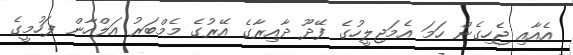
އެއާއި ޖެހިގެން ހަމަ އެމަޖިލީހުގެ ފޭދޫ ދާއިރާގެ އޭރުގެ މެމްބަރު އަލްހާން ފަހުމީގެ